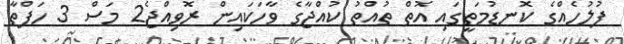
ފުލުހެއްގެ ކޮނޑުމަތީގައި އޮތް ތުއްތު ކުއްޖާގެ ވާހަކައިން ރޮވިއްޖެ2 މަސް 3 ހަފްތާ